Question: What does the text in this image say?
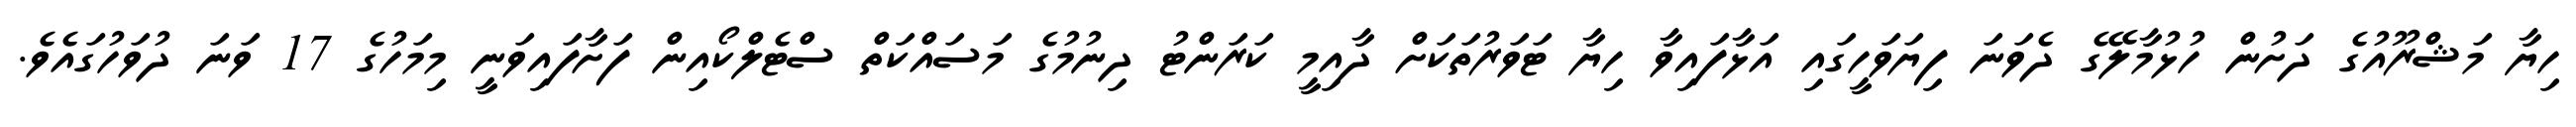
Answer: ހިޔާ މަޝްރޫއުގެ ދަށުން ހުޅުމާލޭގެ ދެވަނަ ފިޔަވަހީގައި އަޅާފައިވާ ހިޔާ ޓަވަރުތަކަށް ދާއިމީ ކަރަންޓު ދިނުމުގެ މަސައްކަތް ސްޓެލްކޯއިން ފަށާފައިވަނީ މިމަހުގެ 17 ވަނަ ދުވަހުގައެވެ.